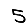
Digit: 5